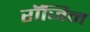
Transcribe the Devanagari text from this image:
रॉजिन